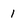
Character: 1